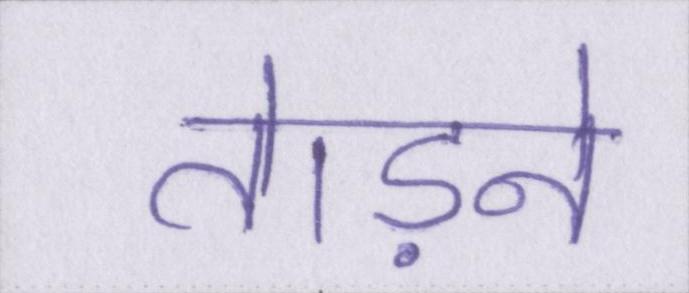
तेाड़ने